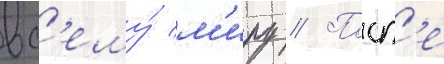
вс'ему́ м'иру // Посл'е